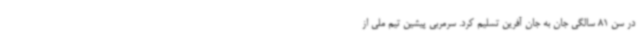
در سن 81 سالگی جان به جان آفرین تسلیم کرد. سرمربی پیشین تیم ملی از